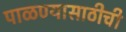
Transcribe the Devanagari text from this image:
पाळण्यासाठीची